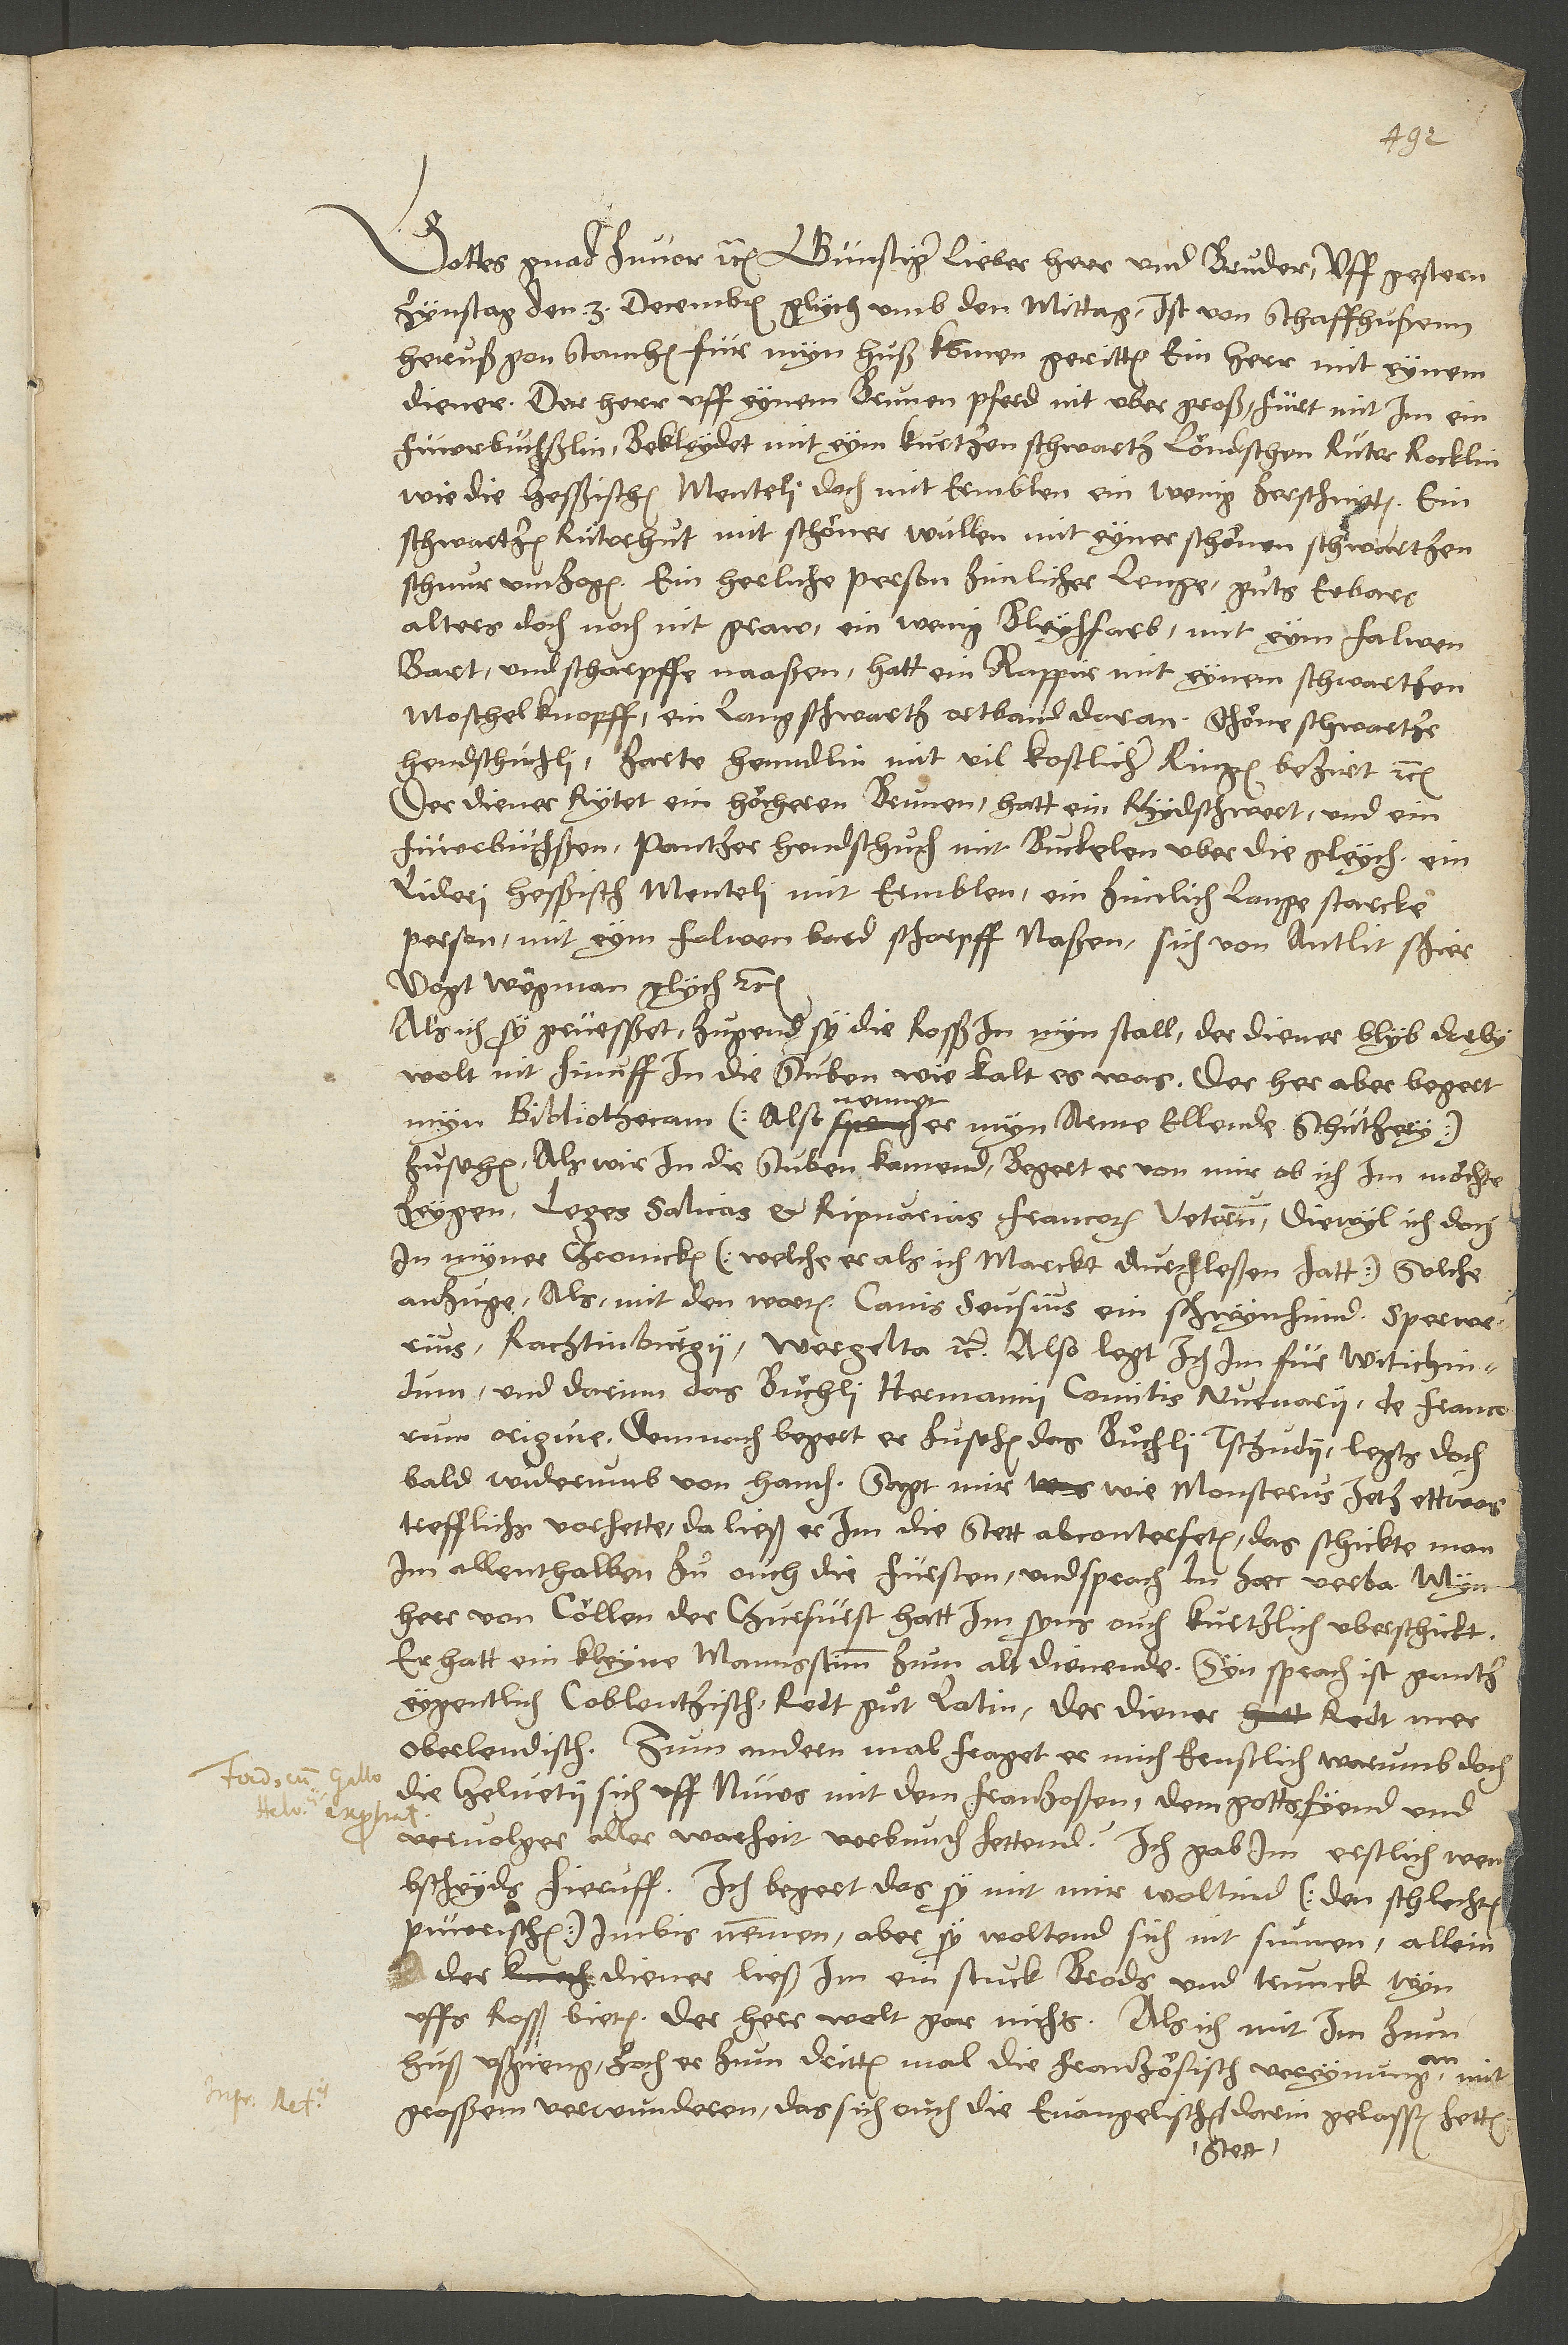
Gottes gnad zuvor etc. Günstiger, lieber herr und bruder, uff gestern
zynstag den 3. decembris glych umb den mittag ist von Schaffhußen
heruß gon Stamheim für myn huß komen geritten ein herr mit eynem
diener. Der herr uff eynem brunen pferd nit übergroß, fürt mit im ein
feüerbüchßlin, bekleydet mit eym kurtzen schwartzlöndischen rüterrocklin
wie die hesßischen menteli, doch mit ermblen ein wenig zerschnitten, ein
schwartzen rüterhut mit schöner wullen mit eyner schönen wartzen
schnur umzogen, ein herliche person zimlicher lenge, guts erbars
alters doch noch nit graw, ein wenig ble farb, mit eym falwen
bart und scharpffe naaßen, hatt ein rapir mit eynem schwartzen
moschelknopff, ein lang schwartz ortband daran, schöne schwartze
hendschuchli, zarte henndlin mit vil kostlicher ringen bezirt etc.
Der diener rytet ein höcheren brunen, hatt ein yd schwert und ein
lideri hesßisch menteli mit ermblen, ein zimlich lange, starcke
person mit eym falwen bard, scharpff naßen, sich von antlit schir
vogt Weyman glych etc.
Als ich sy grüesßet, zugend sy die rosß in eyn stall, der diener blyb dorby,
wolt nit hinuff in die stuben, wie kalt es was. Der her aber begert
myn bibliothecam (also nampt er myn arme ellende schützery)
zu sehen. Als wir in die stuben kamend, begert er von mir, ob ich im möchte
zeygen leges Salicas et Ripuarias Francorum veterum, diewyl ich doch
in myner chronicken (welche er, als ich marckt, durchleßen hatt) sole
anzuge, als mit den worten: Canis Se sius ein schwynhund, sperwerius,
Rachtinburgij, wergelt etc. Also legt ich im für Witichindum
und darin das buͤchli Hermanni comitis Nuenarii de Francorum
origine. Demnach begert er zu sehen das buͤchli Tschudj, legts doch
bald widerumb von handen, sagt mit, wie Monsterus jetz ettwas
trefflichs vorhette, da ließ er im die stett abconterfeten; das schickte man
im allenthalben zu, ouch die fürsten, und sprach in haec verba: "Myn
herr von Cöllen der churfürst hatt im syns ouch kurtzlich uberschickt.
Er hatt ein kleyne mannsstimm zum alt dienende; syn sprach ist gantz
eygentlich coblentzisch, redt guͦt latin; der diener redt mer
oberlendisch. Zum andern mal fraget er mich ernstlich, warumb doch
die Helvetii sich uff nüws mit dem Franzoßen, dem gottsfyend und
vervolger aller warheit, verbunden hettend. Ich gab im erstlich wenig
bscheyds hieruff. Ich begert, das sy mit mir woltind (den schlechten
püwrischen) imbis nemmen; aber sy woltend sich nit sumen; allein
der diener ließ im ein stuck brods und trunck wyn
huß ußgieng, zoch er zum dritten mal die französisch vereynung an
grosßem verwunderen, das sich ouch die evangelischen stett darin gelassen hetten,